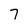
Character: 7